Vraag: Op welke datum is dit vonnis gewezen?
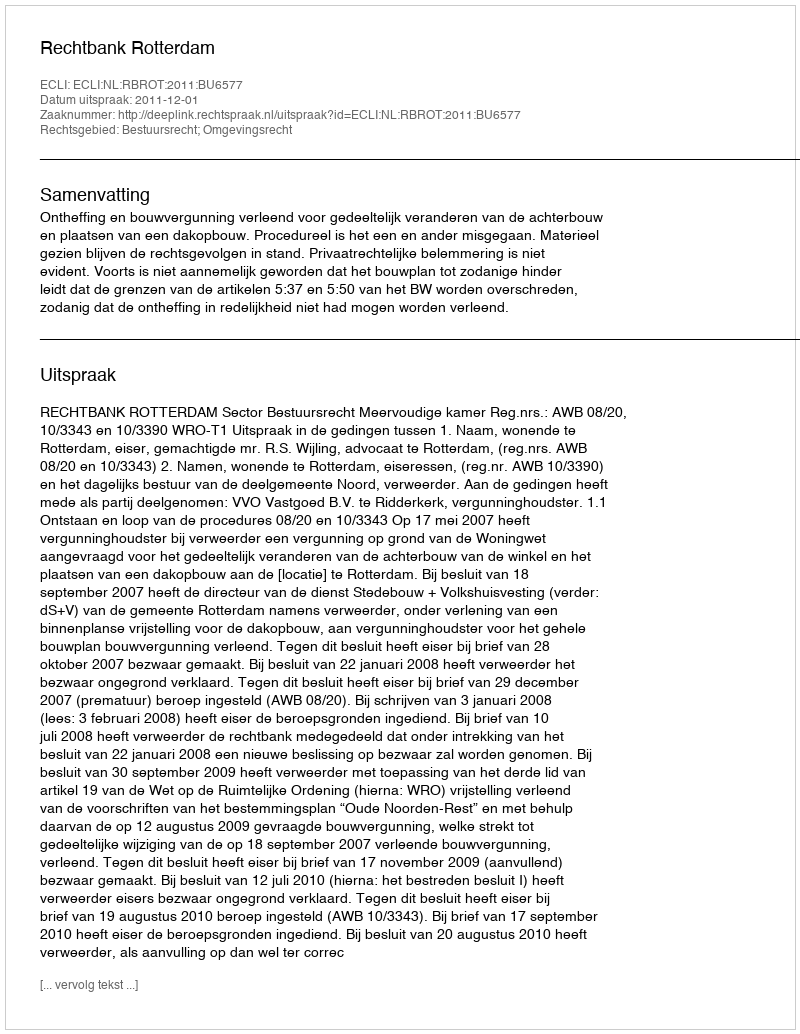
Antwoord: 2011-12-01